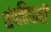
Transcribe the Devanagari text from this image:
संपत्तिधारी